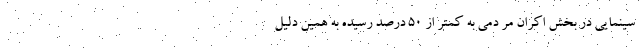
سینمایی در بخش اکران مر دمی به کمتر از 50 درصد رسیده به همین دلیل